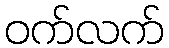
ဝက်လက်